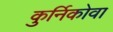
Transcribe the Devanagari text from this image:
कुर्निकोवा